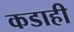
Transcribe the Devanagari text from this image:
कडाही